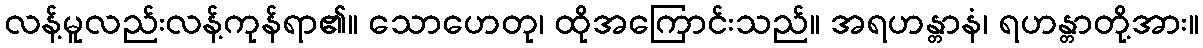
လန့်မူလည်းလန့်ကုန်ရာ၏။ သောဟေတု၊ ထိုအကြောင်းသည်။ အရဟန္တာနံ၊ ရဟန္တာတို့အား။